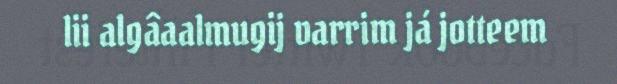
lii algâaalmugij varrim já jotteem